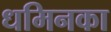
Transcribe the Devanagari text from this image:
धमिनका